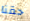
حقنا